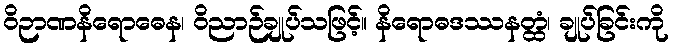
ဝိဉာဏနိရောဓေန၊ ဝိညာဉ်ချုပ်သဖြင့်။ နိရောဓဒဿနတ္ထံ၊ ချုပ်ခြင်းကို